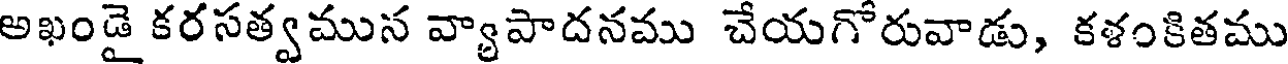
అఖండై కరసత్వమున వ్యాపాదనము చేయగోరువాడు, కళంకితము